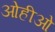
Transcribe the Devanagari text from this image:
ओहीओ